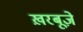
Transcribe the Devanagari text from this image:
ख़रबूज़े